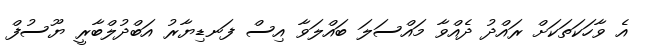
އެ ވާހަކަތަކަށް ރައްދު ދެއްވާ މައްސަލަ ބައްލަވާ އިސް ފަނޑިޔާރު އަބްދުލްބާރީ ޔޫސުފް